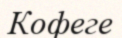
Кофеге